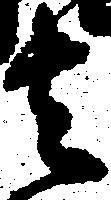
者